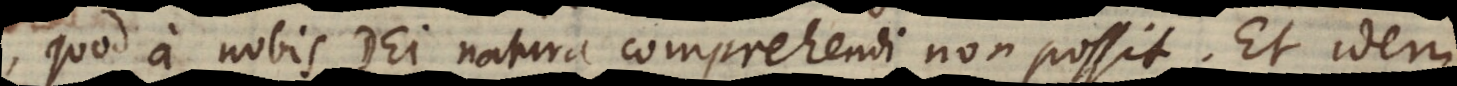
quod a nobis Dei natura comprehendi non possit. Et idem